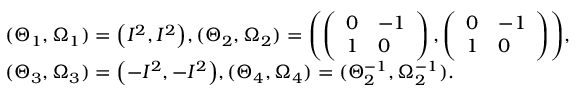
\begin{array} { r l } & { ( \Theta _ { 1 } , \Omega _ { 1 } ) = \left( I ^ { 2 } , I ^ { 2 } \right) \! , ( \Theta _ { 2 } , \Omega _ { 2 } ) = \left( \left( \begin{array} { l l } { 0 } & { - 1 } \\ { 1 } & { 0 } \end{array} \right) , \left( \begin{array} { l l } { 0 } & { - 1 } \\ { 1 } & { 0 } \end{array} \right) \right) \! , } \\ & { ( \Theta _ { 3 } , \Omega _ { 3 } ) = \left( - I ^ { 2 } , - I ^ { 2 } \right) \! , ( \Theta _ { 4 } , \Omega _ { 4 } ) = ( \Theta _ { 2 } ^ { - 1 } , \Omega _ { 2 } ^ { - 1 } ) . } \end{array}